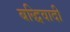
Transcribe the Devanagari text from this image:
बद्धिवादी